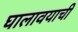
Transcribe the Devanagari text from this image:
घालावयाची